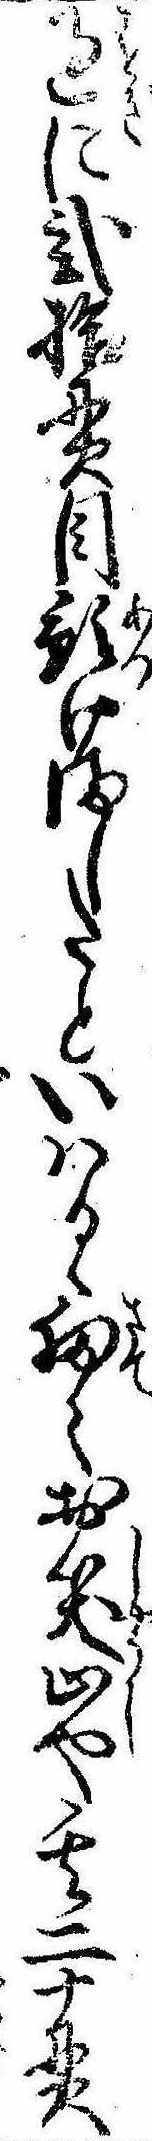
過に弐拾貫目預けましたといはるゝ扨お笑止や其二十貫